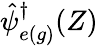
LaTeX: \hat{\psi}_{e(g)}^{\dagger}(Z)